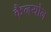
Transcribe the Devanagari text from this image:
कैनयोन